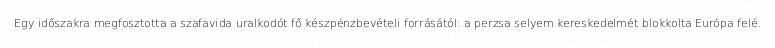
Egy időszakra megfosztotta a szafavida uralkodót fő készpénzbevételi forrásától: a perzsa selyem kereskedelmét blokkolta Európa felé.